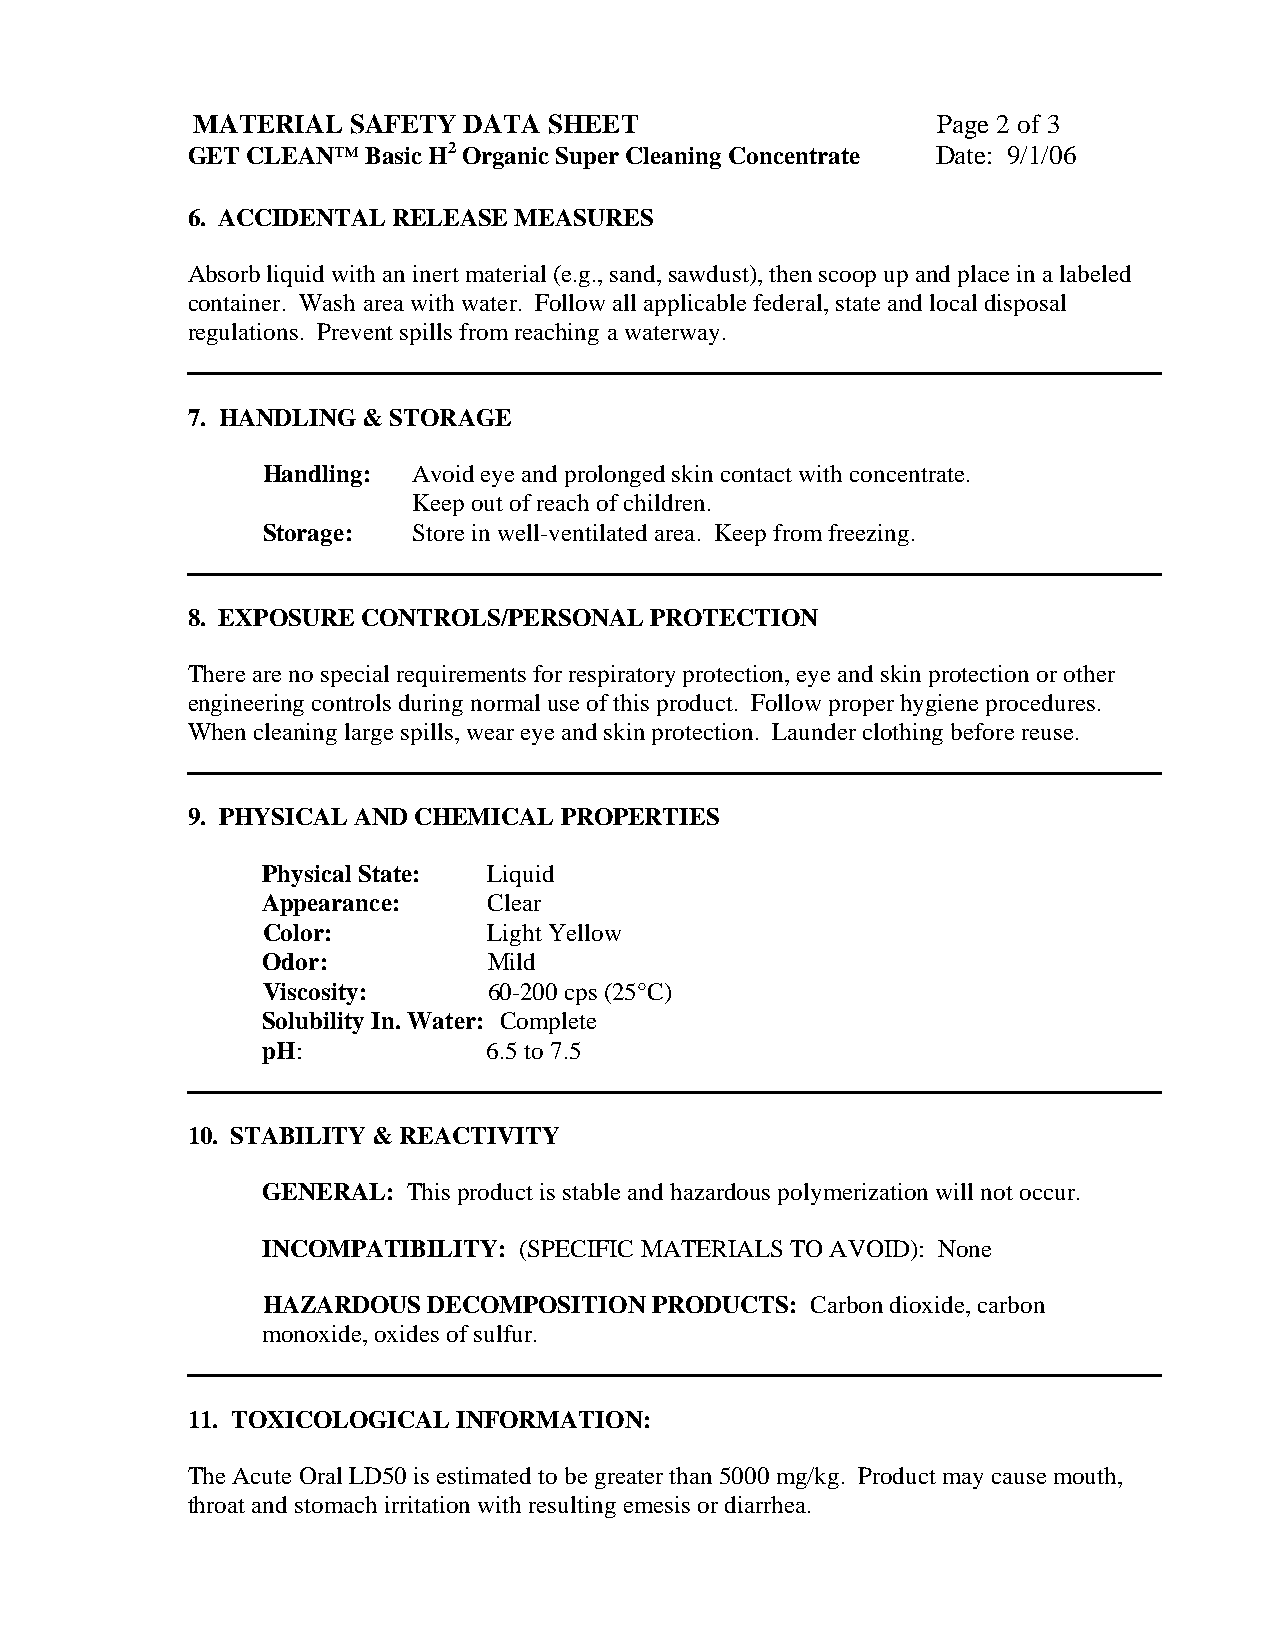
MATERIAL  SAFETY  DATA SHEET                     Page 2 of 3
 GET CLEAN™  Basic H2 Organic Super Cleaning Concentrate Date: 9/1/06
 6. ACCIDENTAL RELEASE MEASURES
 Absorb liquid with an inert material (e.g., sand, sawdust), then scoop up and place in a labeled
 container. Wash area with water. Follow all applicable federal, state and local disposal
 regulations. Prevent spills from reaching a waterway.
 7. HANDLING & STORAGE
 Handling: Avoid eye and prolonged skin contact with concentrate.
 Keep out of reach of children.
 Storage:  Store in well-ventilated area. Keep from freezing.
 8. EXPOSURE CONTROLS/PERSONAL  PROTECTION
 There are no special requirements for respiratory protection, eye and skin protection or other
 engineering controls during normal use of this product. Follow proper hygiene procedures.
 When cleaning large spills, wear eye and skin protection. Launder clothing before reuse.
 9. PHYSICAL AND CHEMICAL PROPERTIES
 Physical State: Liquid
 Appearance:    Clear
 Color:         Light Yellow
 Odor:          Mild
 Viscosity:     60-200 cps (25°C)
 Solubility In. Water: Complete
 pH:            6.5 to 7.5
 10. STABILITY & REACTIVITY
 GENERAL:  This product is stable and hazardous polymerization will not occur.
 INCOMPATIBILITY: (SPECIFIC MATERIALS TO AVOID): None
 HAZARDOUS  DECOMPOSITION  PRODUCTS:  Carbon dioxide, carbon
 monoxide, oxides of sulfur.
 11. TOXICOLOGICAL INFORMATION:
 The Acute Oral LD50 is estimated to be greater than 5000 mg/kg. Product may cause mouth,
 throat and stomach irritation with resulting emesis or diarrhea.